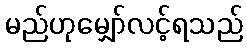
မည်ဟုမျှော်လင့်ရသည်